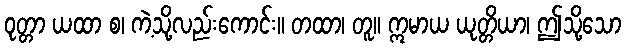
ဝုတ္တာ ယထာ စ၊ ကဲ့သို့လည်းကောင်း။ တထာ၊ တူ။ ဣမာယ ယုတ္တိယာ၊ ဤသို့သော